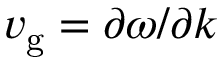
v _ { \mathrm { g } } = \partial \omega / \partial k